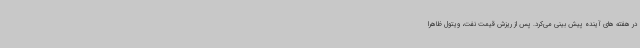
در هفته های آینده پیش بینی می‌کرد. پس از ریزش قیمت نفت، ویتول ظاهرا